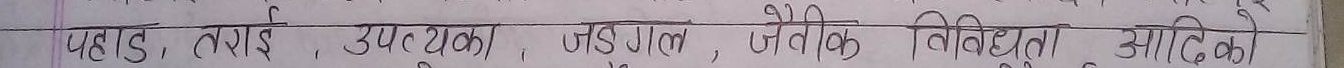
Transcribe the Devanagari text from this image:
पहाड, तराई, उपत्यका, जंगल, जैविक विविधता आदिको